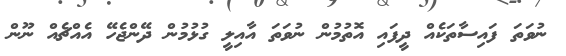
ނުވަތަ ފައިސާތަކެއް ދީފައި އޮތުމުން ނުވަތަ އާއިލީ ގުޅުމުން ދޭންޖެހޭ އެއްޗެއް ނޫން